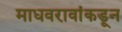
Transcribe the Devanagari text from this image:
माधवरावांकडून